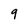
Character: g